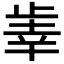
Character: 𰙫